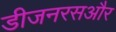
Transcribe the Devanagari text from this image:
डीजनरसऔर